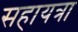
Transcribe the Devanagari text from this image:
सहायत्रा